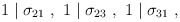
\begin{align*}1\mid \sigma_{21} ~ , ~ 1\mid \sigma_{23} ~ , ~ 1\mid \sigma_{31} ~ ,\end{align*}